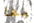
بها